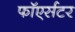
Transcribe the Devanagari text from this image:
फाॅएर्सटर